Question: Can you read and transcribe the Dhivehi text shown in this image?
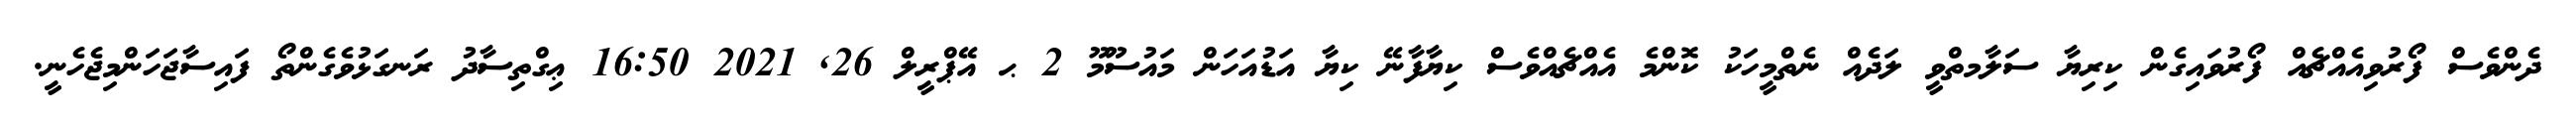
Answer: ދެންވެސް ފޯރުވިއެއްޗެއް ފޯރުވައިގެން ކިރިޔާ ސަލާމތްވީ ލަދެއް ނެތްމީހަކު ކޮންމެ އެއްޗެއްވެސް ކިޔާފާނޭ ކިޔާ އަޑުއަހަން މައުސޫމޫ 2 ޙ އޭޕްރީލް 26, 2021 16:50 ޢިގްތިސާދު ރަނގަޅުވެގެންތޯ ފައިސާޖަހަންމިޖެހެނީ.